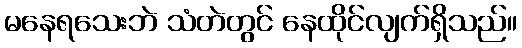
မနေရသေးဘဲ သံတဲတွင် နေထိုင်လျက်ရှိသည်။